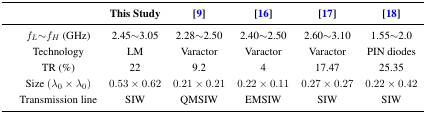
|  | This Study | [9] | [16] | [17] | [18] |
 | --- | --- | --- | --- | --- | --- |
 | fL∼fH (GHz) | 2.45∼3.05 | 2.28∼2.50 | 2.40∼2.50 | 2.60∼3.10 | 1.55∼2.0 |
 | Technology | LM | Varactor | Varactor | Varactor | PIN diodes |
 | TR (%) | 22 | 9.2 | 4 | 17.47 | 25.35 |
 | Size (λ0 × λ0) | 0.53 × 0.62 | 0.21 × 0.21 | 0.22 × 0.11 | 0.27 × 0.27 | 0.22 × 0.42 |
 | Transmission line | SIW | QMSIW | EMSIW | SIW | SIW |